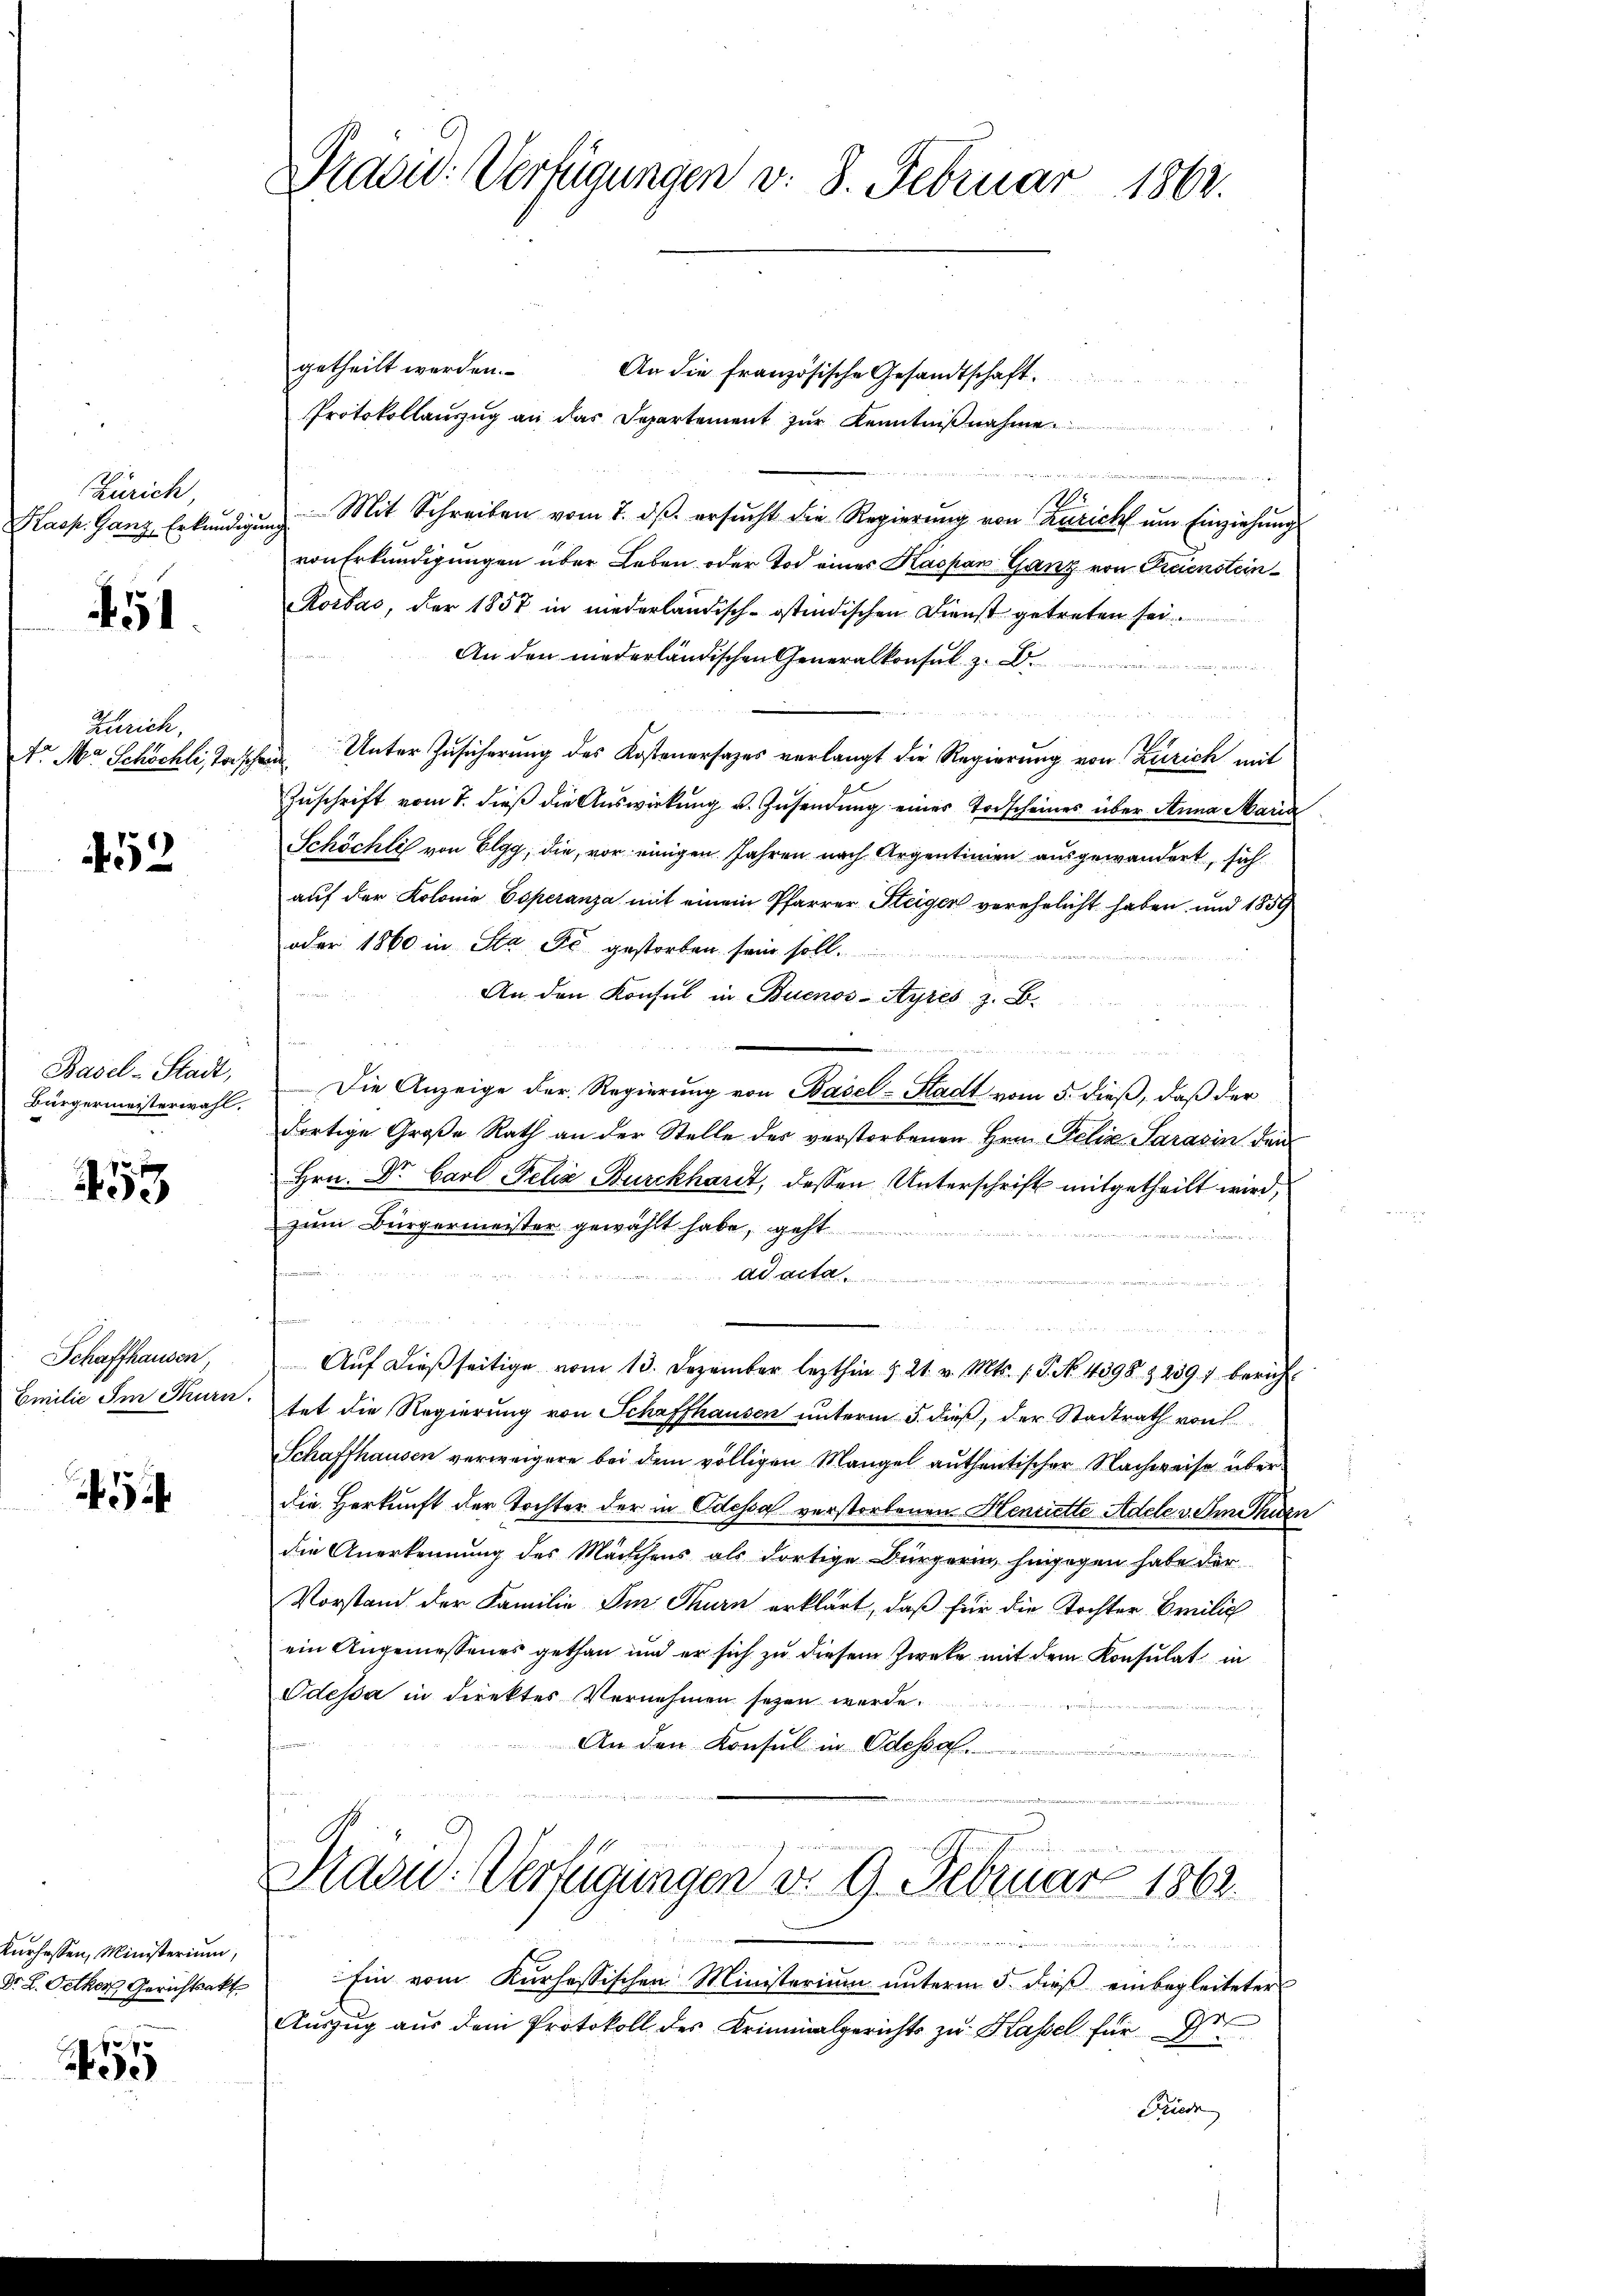
Zürich,

51

Zürich,
Ar. Ma Schöchli, Todschau

452

Bürgermeisterwahl.

455

Schaffhausen,

Kurhessen, Ministerium,
Dr. L. Oetker Gerichtsakt

9

getheilt werden.
An die französische Gesandtschaft.
Protokollanzŭg an das Departement zŭr Kenntniβnahme
eien, die in den sich
1
Kasp. Ganz Erkundigŭng Mit Schreiben vom 7. dβ. ersŭcht die Regierŭng von Zuricht ŭm Einziehŭngs
von Erkundigungen über Leben oder Tod eines Kaspan Ganz von Freienstein¬
Rorbas, der 1857 in niederländisch-ostindischen Dienst getreten sei.
An den niederländischen Generalkonsul z.
Unter Zusicherung des Kostenersages verlangt die Regierung von Zürich mit
Zuschrift vom 7. dieß die Auswirkung v. Zusendung einer Todscheines über Anna Maria
Schöchli von Elgg, die, vor einigen Jahren nach Argentinien ausgewandert, sich
auf der Kolonie Coperanza mit einem Pfarrer Steigen verehelicht haben, und 1859
oder 1860 in Sta Fc gestorben sein soll.

An den Konsul in Buenos-Ayres z. B.
Basel-Stadt. Die Anzeige der Regierung von Basel-Stadt vom 5. dieß, daß der
dortige Große Rath an der Stelle des verstorbenen Hrn. Felix Sarasin den
Hrn. Dr. Carl Felix Burckhardt, dessen Unterschrift mitgetheilt wird,
zum Bürgermeister gewählt habe, geht

ad acta
S
Aŭf dieβ seitige vom 13. Dezember lezthin & 21. v. Mts. S. No. 4398 & 239, bericht
Emilie Im Kun: tet die Regierung von Schaffhausen unterm 5. dieß, der Stadtrath von
Schaffhausen verweigere bei dem völligen Mangel authentischer Nachweise über
die Herkunft der Tochter der in Odessa verstorbenen Henriette Adele v. Amthurn
die Anerkennung des Maischens als dortige Bürgerin, hingegen habe der
Vorstand der Familie Im Thurn erklärt, daß für die Tochter Breilich
ein Angemessenes gethan und er sich zu diesem Zwecke mit dem Konsulat in
Odessa in direktes Vernehmen seyen werde.
An den Konsul in Odessa.
Paou: Verfügungen d. 9. Februar 1862.
 100 vereini
 Ein vom Kurhessischen Ministerium unterm 5. dieß einbegleiteter
Auszug aus dem Protokoll des Kriminalgerichts zu Kassel für Ihre
d
Friede

Pravid: Verfügungen v. 8. Februar 1862.